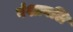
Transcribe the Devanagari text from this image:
वंशावलि